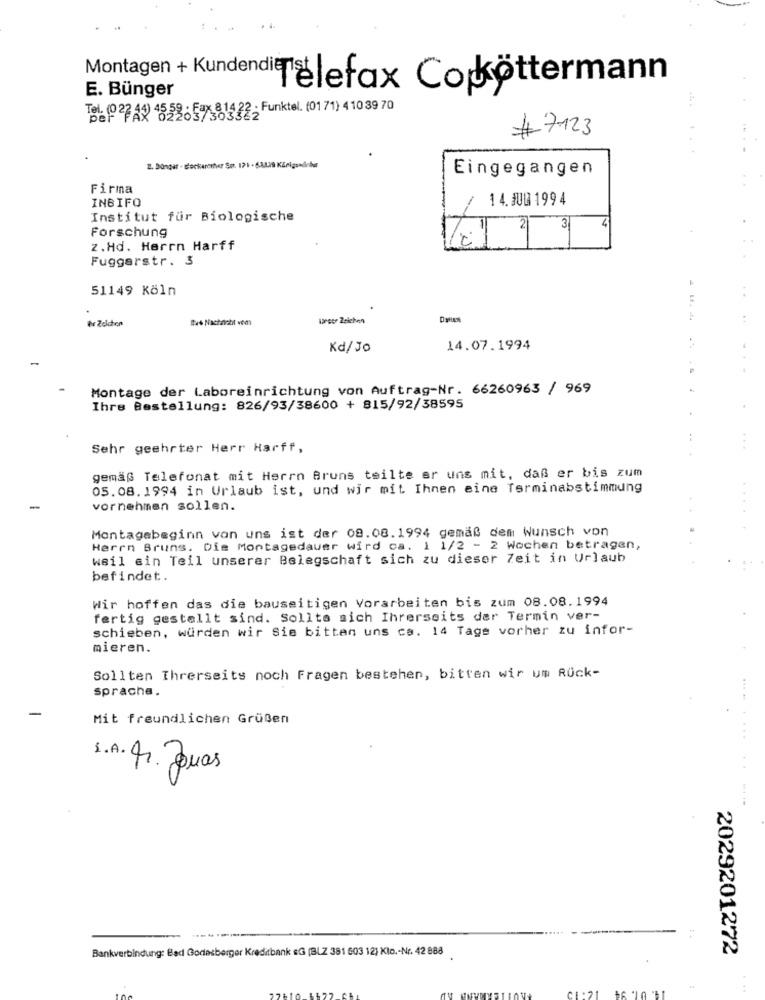
Montagen + Kundendi Telefax Co köttermann
E. Bünger
ToPPA 15號:57 813 33; Funktel. (0171) 4 10 39 70
# 7123
Eingegangen
Firma
INGIFO
1 4. 300 1994
Institut für Biologische
Forschung
3
z.Hd. Herrn Harff
Fuggerstr. 3
51149 Köln
Er Zelchen
Bus Nachnicht vom
Länger Zeichen
Kd/Jo
14.07.1994
Montage der Laboreinrichtung von Auftrag-Nr. 66260963 / 969
Ihre Bestellung: 826/93/38600 + 815/92/38595
Sehr geehrter Herr Harff,
gemäß Telefonat mit Herrn Bruns teilte er uns mit, daß er bis zum
05.08.1994 in Urlaub ist, und wir mit Ihnen eine Terminabstimmung
vornehmen sollen.
Montagabeginn von uns ist der 09.08.1994 gemäß dem Wunsch von
Herrn Bruns. Die Montagedauer wird ca. 1 1/2 - 2 Wochen betragen,
weil ein Teil unserer Belegschaft sich zu dieser Zeit in Urlaub
befindet.
Wir hoffen das die bauseitigen Vorarbeiten bis zum 08.08.1994
fertig gestellt sind. Sollte sich Ihrerseits der Termin ver-
schieben, würden wir Sie bitten uns ca. 14 Tage vorher zu infor-
mieren.
Sollten Ihrerseits noch Fragen bestehen, bitten wir um Rück-
sprache.
Mit freundlichen Grüßen
1.A.fr. Jonas
.... ......----
Bankverbindung: Bad Godesberger Kreditbank &G (BLZ 381 603 12) Klo .- Nr. 42 888
2029201272
DE-21